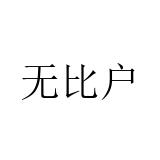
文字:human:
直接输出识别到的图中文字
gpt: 无比户